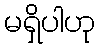
မရှိပါဟု